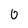
Character: 0